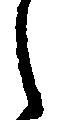
し